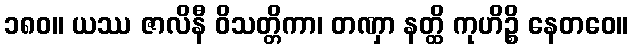
၁၈၀။ ယဿ ဇာလိနီ ဝိသတ္တိကာ၊ တဏှာ နတ္ထိ ကုဟိဉ္စိ နေတဝေ။